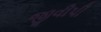
જીવીપી